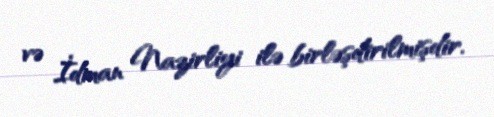
və İdman Nazirliyi ilə birləşdirilmişdir.